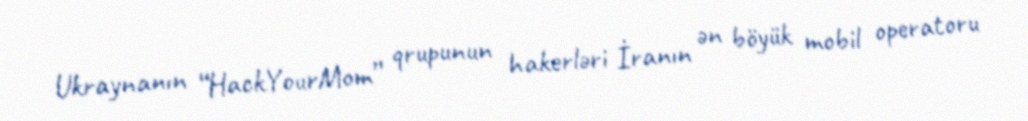
Ukraynanın “HackYourMom” qrupunun hakerləri İranın ən böyük mobil operatoru